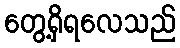
တွေ့ရှိရလေသည်